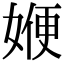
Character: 㛹